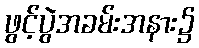
ဖွင့်ပွဲအခမ်းအနား၌